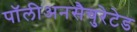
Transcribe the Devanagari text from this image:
पॉलीअनसैचुरेटेड